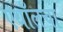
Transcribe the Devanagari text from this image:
एथॉलचा